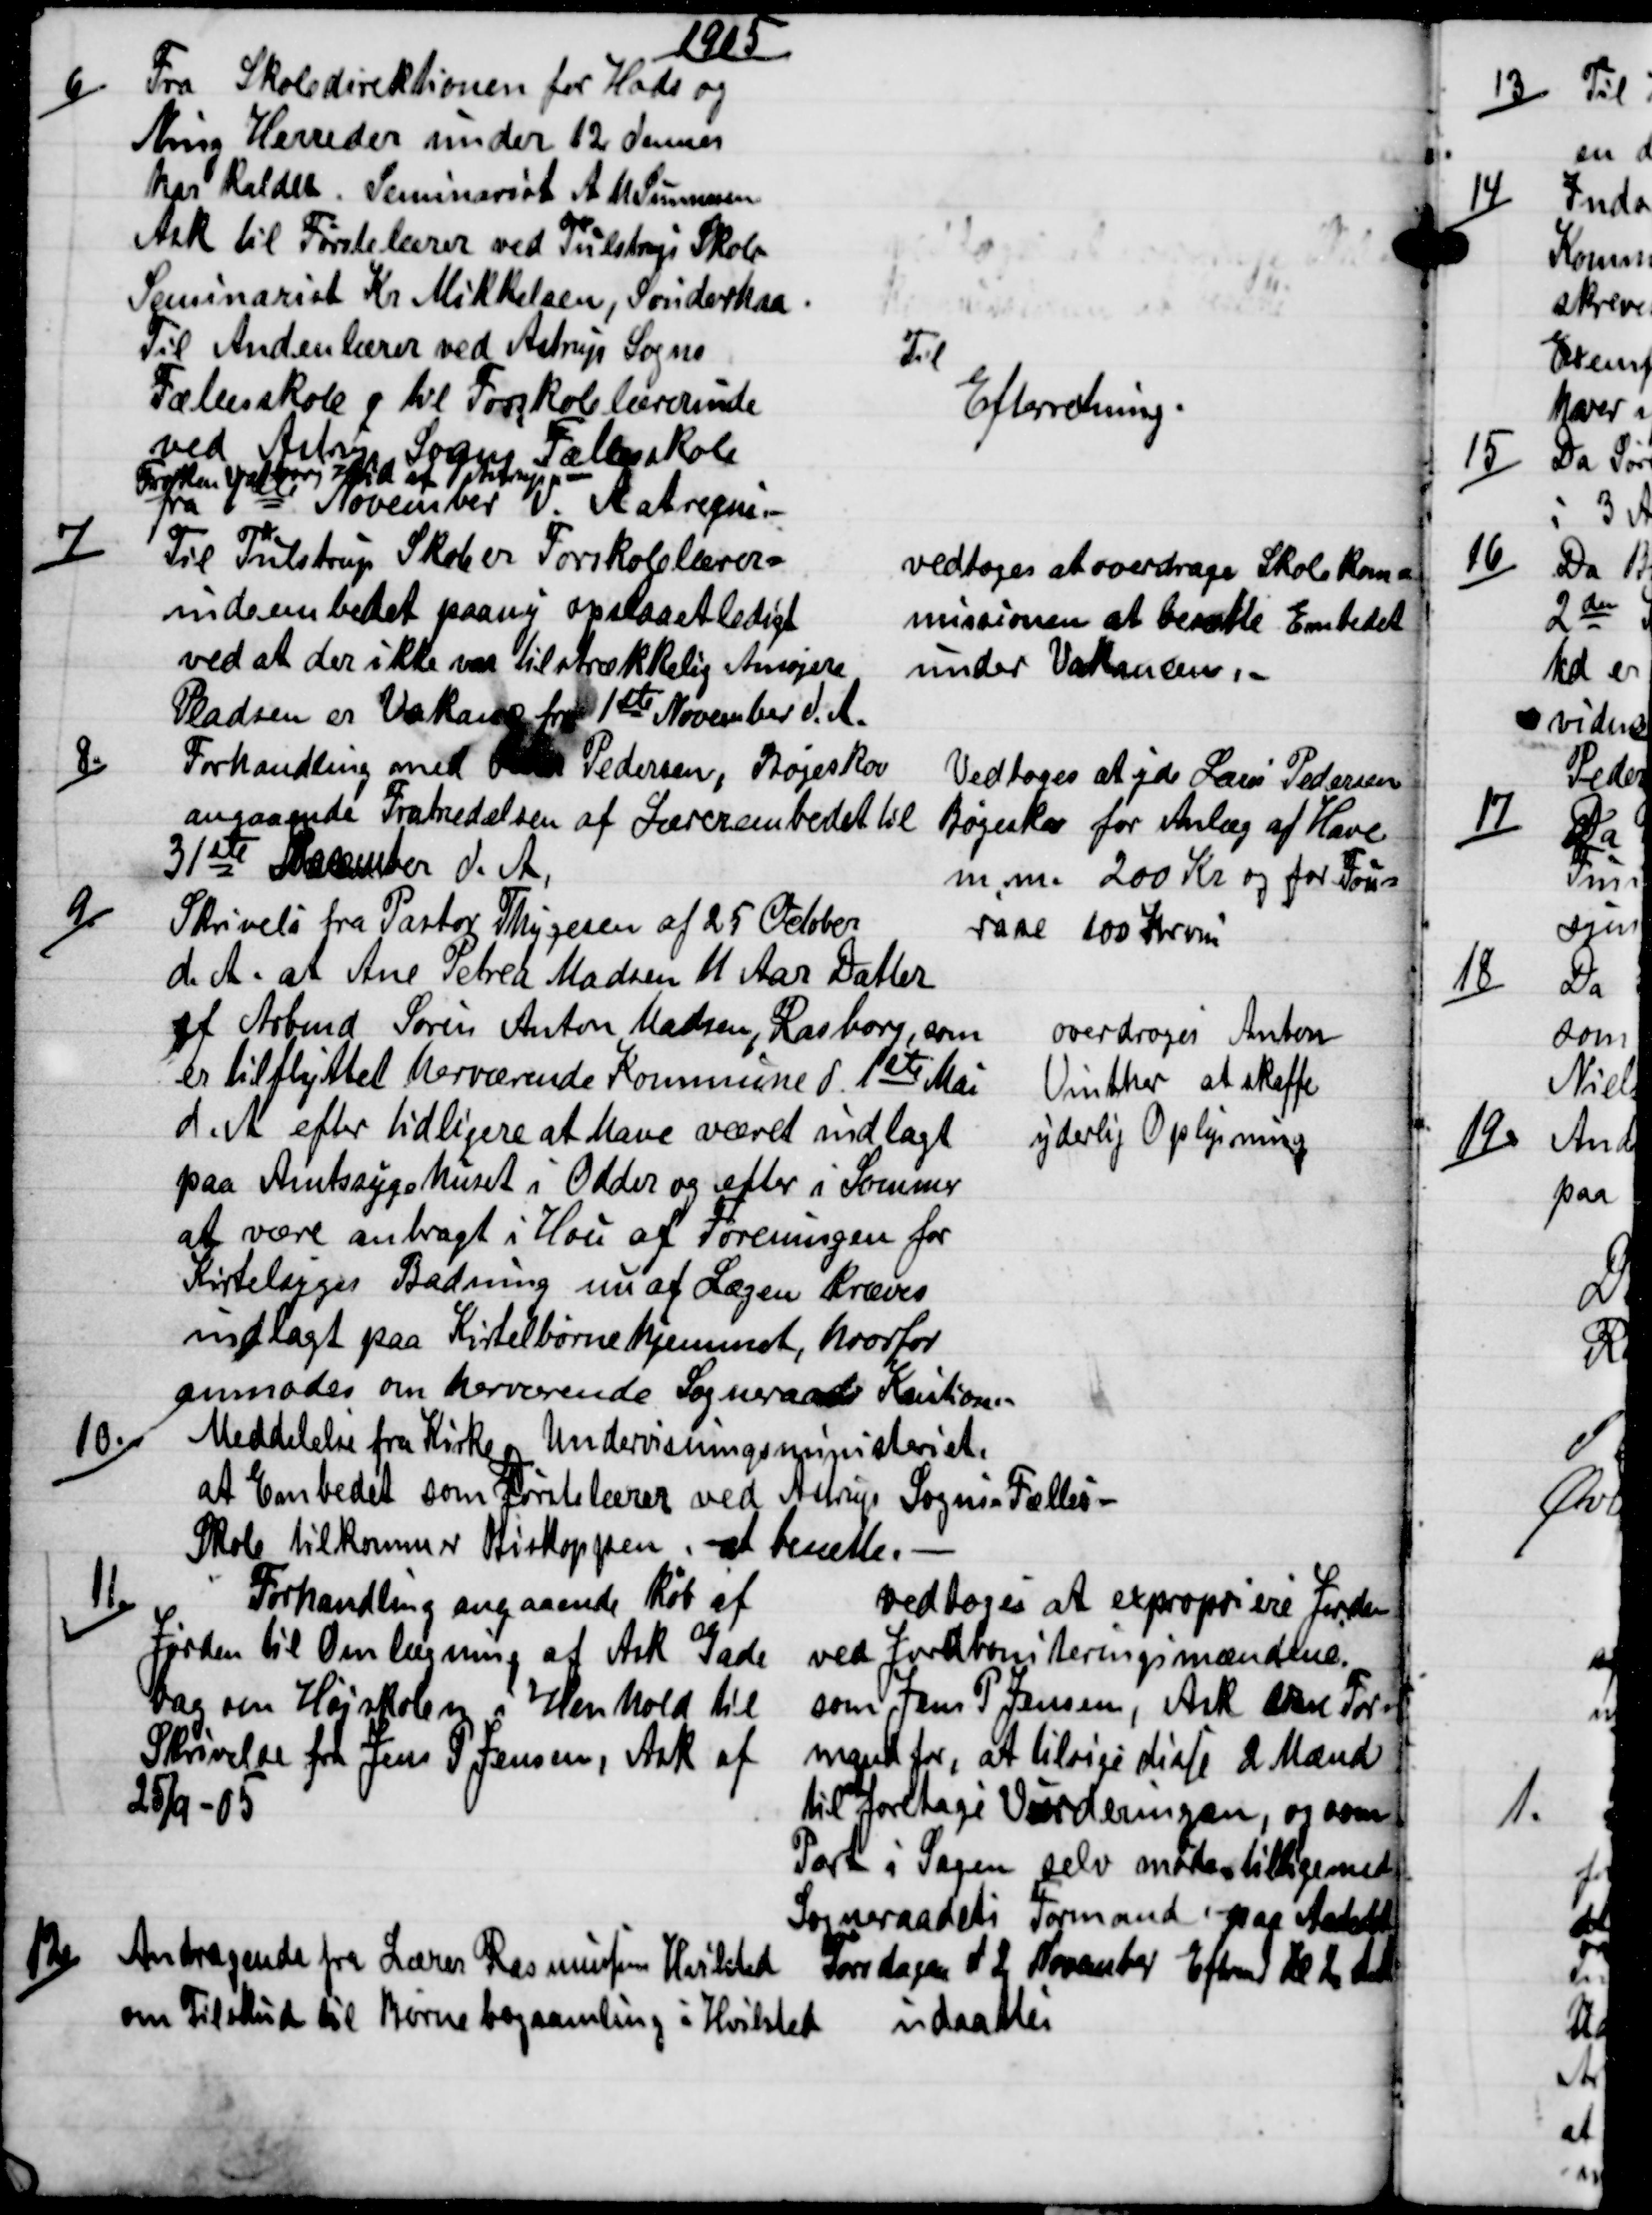
Transskription:
1905
6)
Fra Skoledirektionen for Hads og
Ning Herreder under 12 dennes
har kaldet. Seminarist A. M. Sunesen
Ask til Førstelærer ved Tulstrup Skole
Seminarist Kr Mikkelsen, Sønderhaa
Til Andenlærer ved Astrup Sogns
Fællesskole og til Forskolelærerinde
ved Astrup Sogns Fællesskole
Frøken Valborg Hvid af Astrup,
fra 1ste November do A at regne.
Til
Efterretning.
7)
Til Tulstrup Skole er Forskolelærer=
indeembedet paany opslaaet ledigt
ved at der ikke var tilstrækkelig Arsøgere.
Pladsen er Vakance fra 1ste November d. A.
vedtoges at overdrage Skolekom=
missionen at besætte Embedet
under Vakancen.
8)
Forhandling med  Pedersen, Bøgeskov
angaaende Fratrædelsen af Lærerembedet til
31ste December d. A.
Vedtoges at yde Laus Pedersen
Bøgeskov for Anlæg af Have
m. m. 200 Kr og for Fou=
rase 100 Kroner
9)
Skrivelse fra Pastor Thygesen af 25 October
d. A. at  Ane Petrea Madsen 11 Aar Datter
af Arbmd Søren Anton Madsen, Rasborg, som
er tilflyttet herværende Kommune d. 1ste Mai
d. A. efter tidligere at have været indlagt
paa Amtssygehuset i Odder og efter i Sommer
af være anbragt i Hou af Foreningen for
Kirtelsyges Badning nu af Lægen kræves
indlagt paa Kirtelbørnehjemmet, hvorfor
anmodes om herværende Sogneraads Kaution.
overdroges Anton
Vinther, at skaffe
yderlig Oplysning
10.)
Meddelelse fra Kirke og Undervisningsministeriet.
at Embedet som Førstelærer ved Astrup Sogns Fælles=
Skole tilkommer Biskoppen, at bendle.
11.)
Forhandling angaaende Køb af
Jorden til Omlægning af Ask Gade
bag om Højskolen i Henhold til
Skrivelse for Jens P Jensen, Ask af
25/9-05
vedtoges at expropriere Jorden
ved Jordboniteringsmændene.
som Jens P Jensen, Ask vare For=
mand for, at tilsige disse 2 Mænd
til foretage Vurderingen, og som
Part i Sagen selv møder tilligemed
Sogneraadets Formand paa Aastedet
Torsdagen af 2 November Eftrmd Kl 2 d. A
12)
 Andragende fra Lærer Rasmussens Hvilsted 
om Tilskud til Børnebogsamling i Hvilsted 
udsattes